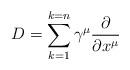
LaTeX: \begin{align*}D=\sum\limits_{k=1}^{k=n}\gamma ^{\mu }\frac{\partial }{\partial x^{\mu }} \end{align*}